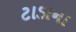
ટાડાના